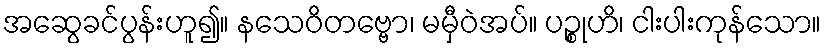
အဆွေခင်ပွန်းဟူ၍။ နသေဝိတဗ္ဗော၊ မမှီဝဲအပ်။ ပဉ္စုဟိ၊ ငါးပါးကုန်သော။